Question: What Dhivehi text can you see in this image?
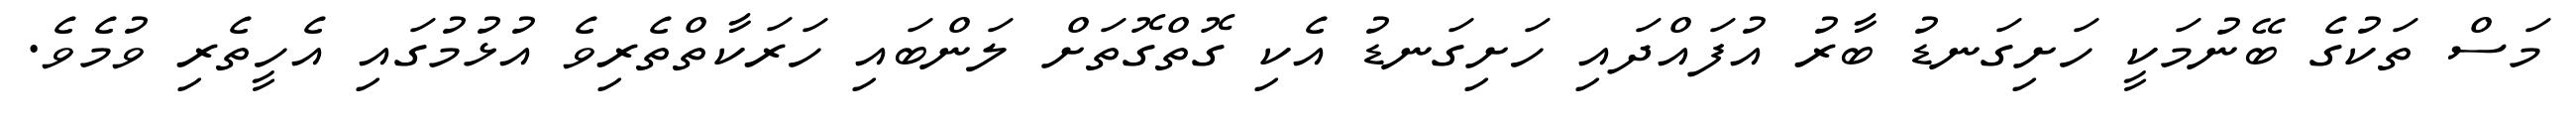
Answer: މަސް ތަކުގެ ބޭނުމަކީ ހަށިގަނޑު ބާރު އުފައްދައި ހަށިގަނޑު އެކި ގޮތްގޮތަށް ލަންބައި ހަރަކާތްތެރިވެ އުޅުމުގައި އެހީތެރި ވުމެވެ.